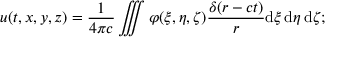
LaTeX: u ( t , x , y , z ) = { \frac { 1 } { 4 \pi c } } \iiint \varphi ( \xi , \eta , \zeta ) { \frac { \delta ( r - c t ) } { r } } \mathrm { d } \xi \, \mathrm { d } \eta \, \mathrm { d } \zeta ;